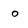
Character: o